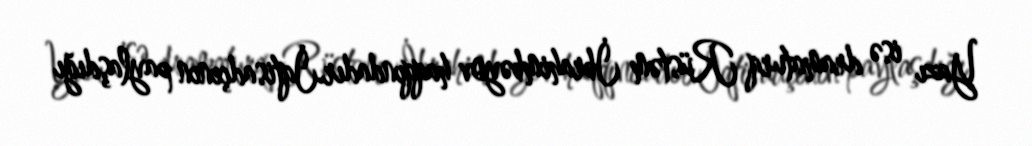
Yazı isə dramaturq Rüstəm İbrahimbəyov haqqındadır.İqtisadçının paylaşdığı